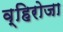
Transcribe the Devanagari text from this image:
व्हिरोजा